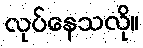
လုပ်နေသလို။